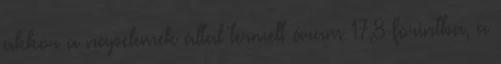
akkor a napelemek által termelt áram 17,8 forintba, a